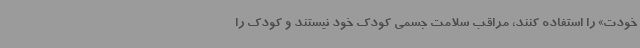
خودت» را استفاده کنند، مراقب سلامت جسمی کودک خود نیستند و کودک را